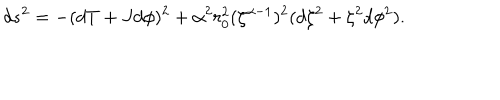
d s ^ { 2 } = - ( d T + J d \phi ) ^ { 2 } + \alpha ^ { 2 } r _ { 0 } ^ { 2 } ( \zeta ^ { \alpha - 1 } ) ^ { 2 } ( d \zeta ^ { 2 } + \zeta ^ { 2 } d \phi ^ { 2 } ) .